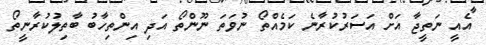
އެއީ ނަތީޖާ އަށް އަސަރުކުރާނެ ކަމެއްތޯ ނުވަތަ ނޫންތޯ އަދި އިންތިހާބު ބާތިލުކުރާނީތޯ